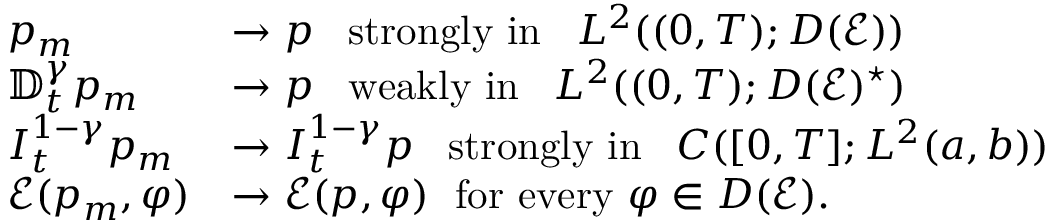
\begin{array} { l l } { \displaystyle p _ { m } } & { \to p \, ~ ~ \mathrm { s t r o n g l y ~ i n } \, ~ ~ L ^ { 2 } ( ( 0 , T ) ; D ( \mathcal E ) ) } \\ { \mathbb D _ { t } ^ { \gamma } p _ { m } } & { \to p \, ~ ~ \mathrm { w e a k l y ~ i n } \, ~ ~ L ^ { 2 } ( ( 0 , T ) ; D ( \mathcal E ) ^ { \star } ) } \\ { \displaystyle I _ { t } ^ { 1 - \gamma } p _ { m } } & { \to I _ { t } ^ { 1 - \gamma } p \, ~ ~ \mathrm { s t r o n g l y ~ i n } \, ~ ~ C ( [ 0 , T ] ; L ^ { 2 } ( a , b ) ) } \\ { \mathcal E ( p _ { m } , \varphi ) } & { \to \mathcal E ( p , \varphi ) \; \mathrm { ~ f o r ~ e v e r y ~ } \varphi \in D ( \mathcal E ) . } \end{array}